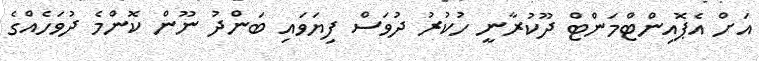
އަށް އެޕޮއިންޓްމަންޓް ދޫކުރާނީ ހުކުރު ދުވަސް ފިޔަވައި ބަންދު ނޫން ކޮންމެ ދުވަހެއްގެ